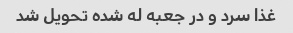
غذا سرد و در جعبه له شده تحویل شد